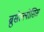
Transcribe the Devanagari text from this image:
ब्रुसेल्लोसिस